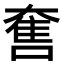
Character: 𡙬